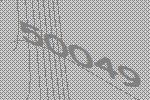
50049